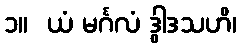
၁။  ယံ မင်္ဂလံ ဒွါဒသဟိ၊